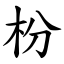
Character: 枌